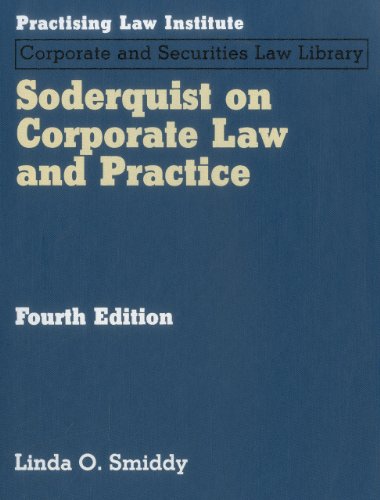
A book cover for Soderquist on Corporate Law and Practice; Linda O. Smiddy; Law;